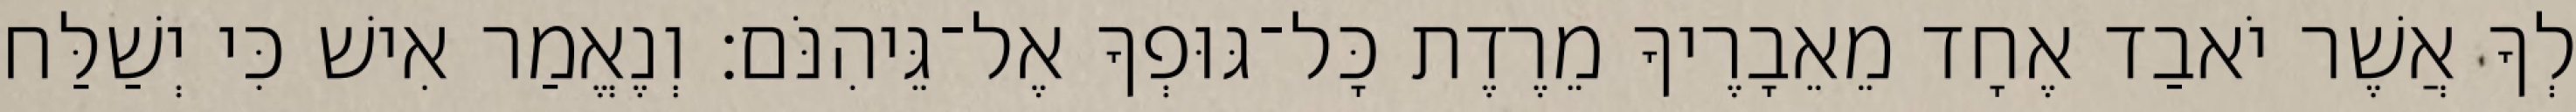
לְךָ אֲשֶׁר יֹאבַד אֶחָד מֵאֵבָרֶיךָ מֵרֶדֶת כָּל־גּוּפְךָ אֶל־גֵּיהִנֹּם׃ וְנֶאֱמַר אִישׁ כִּי יְשַׁלַּח